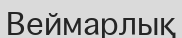
Веймарлық